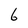
Character: 6